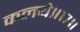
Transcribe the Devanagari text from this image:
कलये॥१७॥